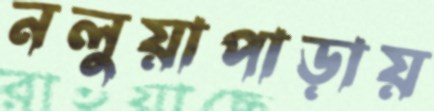
নলুয়াপাড়ায়